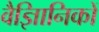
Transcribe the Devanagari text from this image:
वैज्ञिानिकों